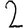
Digit: 2